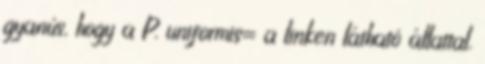
gyanús, hogy a P. uniformis= a linken látható állattal.